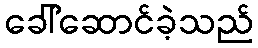
ခေါ်ဆောင်ခဲ့သည်